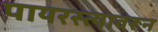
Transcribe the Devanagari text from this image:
पायरस्त्यावरून